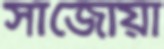
সাঁজোয়া